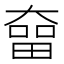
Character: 𡙲